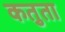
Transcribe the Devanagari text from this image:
कतुता